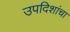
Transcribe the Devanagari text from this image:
उपदिशांचा